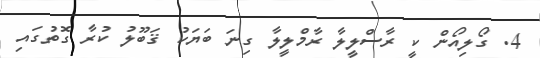
4. ގޯލިއޯން ކީ ރާސްލީލާ ރާމްލީލާ ގިނަ ބަޔަކު ޤަބޫލު ކުރާ ގޮތުގައި